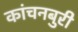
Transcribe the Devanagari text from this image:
कांचनबुरी